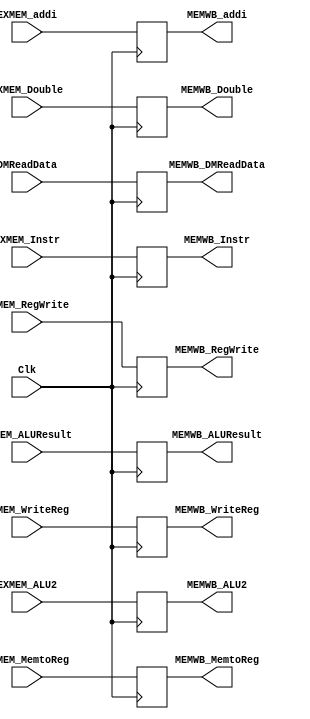
`timescale 1ns / 1ps
//////////////////////////////////////////////////////////////////////////////////
// Company: 
// Engineer: 
// 
// Design Name: 
// Module Name:    Buffer_MEMWB 
// Project Name: 
// Target Devices: 
// Tool versions: 
// Description: 
//
// Dependencies: 
//
// Revision: 
// Revision 0.01 - File Created
// Additional Comments: 
//
//////////////////////////////////////////////////////////////////////////////////
module Buffer_MEMWB(
		input Clk,
		input EXMEM_MemtoReg,
		input EXMEM_RegWrite,
		input [31:0] DMReadData,
		input [31:0] EXMEM_ALUResult,
		input [4:0] EXMEM_WriteReg,
		
		output MEMWB_MemtoReg,
		output MEMWB_RegWrite,
		output [31:0] MEMWB_DMReadData,
		output [31:0] MEMWB_ALUResult,
		output [4:0] MEMWB_WriteReg,	
		input [31:0] EXMEM_Instr,
		output [31:0] MEMWB_Instr,
		input EXMEM_Double,
		output MEMWB_Double,
		input [31:0] EXMEM_ALU2,
		output [31:0] MEMWB_ALU2,
		input EXMEM_addi,
		output MEMWB_addi
		);
		
		
		reg [31:0]MEMWB_Data[0:1];
		reg MEMWB_Ctrl[0:1];
		reg [4:0]MEMWB_RD;
		reg [31:0] MEMWB_InstrReg;
		reg Double;
		reg [31:0] ALU2;
		reg addi;

		assign MEMWB_MemtoReg = MEMWB_Ctrl[0];
		assign MEMWB_RegWrite = MEMWB_Ctrl[1];
		assign MEMWB_DMReadData = MEMWB_Data[0];
		assign MEMWB_ALUResult = MEMWB_Data[1];
		assign MEMWB_WriteReg = MEMWB_RD;
		assign MEMWB_Instr = MEMWB_InstrReg;
		assign MEMWB_Double = Double;
		assign MEMWB_ALU2 = ALU2;
		assign MEMWB_addi = addi;

		always@(posedge Clk)begin

			
			MEMWB_Ctrl[0] <= EXMEM_MemtoReg;
			MEMWB_Ctrl[1] <= EXMEM_RegWrite;
			MEMWB_Data[0] <= DMReadData;
			MEMWB_Data[1] <= EXMEM_ALUResult;
			MEMWB_RD <= EXMEM_WriteReg;
			MEMWB_InstrReg <= EXMEM_Instr;
			Double <= EXMEM_Double;
			ALU2 <= EXMEM_ALU2;
			addi <= EXMEM_addi;
	
		end

endmodule